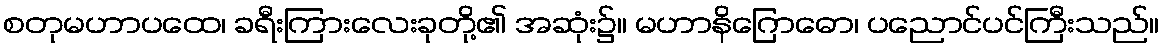
စတုမဟာပထေ၊ ခရီးကြားလေးခုတို့၏ အဆုံး၌။ မဟာနိဂြောဓော၊ ပညောင်ပင်ကြီးသည်။